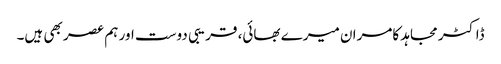
ڈاکٹر مجاہد کامران میرے بھائی، قریبی دوست اور ہم عصر بھی ہیں۔